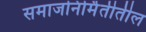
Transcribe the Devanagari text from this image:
समाजनिर्मितीतील